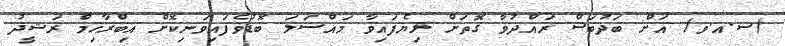
(ސ.އ.ވ) އަށް ބަދުބަސް ރައްދުވާ ގޮތަށް ލިޔެފައިވާ މައްސަލަ ބޮޑުވެފައިވަނިކޮށް އިބްރާހިމް ރަޝީދު